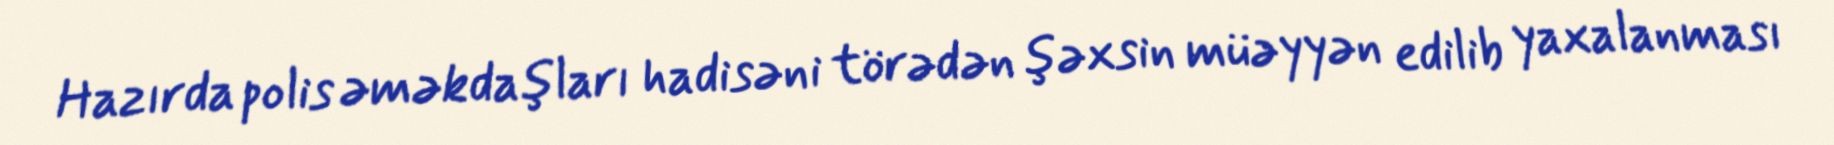
Hazırda polis əməkdaşları hadisəni törədən şəxsin müəyyən edilib yaxalanması